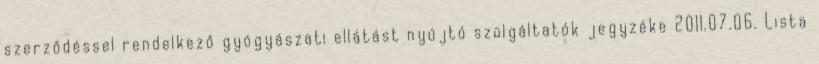
szerződéssel rendelkező gyógyászati ellátást nyújtó szolgáltatók jegyzéke 2011.07.06. Lista